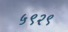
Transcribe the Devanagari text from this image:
५९२९